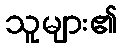
သူများ၏